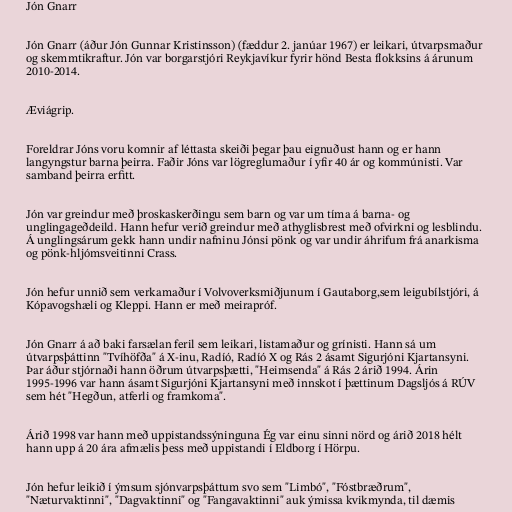
Jón Gnarr

Jón Gnarr (áður Jón Gunnar Kristinsson) (fæddur 2. janúar 1967) er leikari, útvarpsmaður
og skemmtikraftur. Jón var borgarstjóri Reykjavíkur fyrir hönd Besta flokksins á árunum
2010-2014.

Æviágrip.

Foreldrar Jóns voru komnir af léttasta skeiði þegar þau eignuðust hann og er hann
langyngstur barna þeirra. Faðir Jóns var lögreglumaður í yfir 40 ár og kommúnisti. Var
samband þeirra erfitt.

Jón var greindur með þroskaskerðingu sem barn og var um tíma á barna- og
unglingageðdeild. Hann hefur verið greindur með athyglisbrest með ofvirkni og lesblindu.
Á unglingsárum gekk hann undir nafninu Jónsi pönk og var undir áhrifum frá anarkisma
og pönk-hljómsveitinni Crass.

Jón hefur unnið sem verkamaður í Volvoverksmiðjunum í Gautaborg,sem leigubílstjóri, á
Kópavogshæli og Kleppi. Hann er með meirapróf.

Jón Gnarr á að baki farsælan feril sem leikari, listamaður og grínisti. Hann sá um
útvarpsþáttinn "Tvíhöfða" á X-inu, Radíó, Radíó X og Rás 2 ásamt Sigurjóni Kjartansyni.
Þar áður stjórnaði hann öðrum útvarpsþætti, "Heimsenda" á Rás 2 árið 1994. Árin
1995-1996 var hann ásamt Sigurjóni Kjartansyni með innskot í þættinum Dagsljós á RÚV
sem hét "Hegðun, atferli og framkoma".

Árið 1998 var hann með uppistandssýninguna Ég var einu sinni nörd og árið 2018 hélt
hann upp á 20 ára afmælis þess með uppistandi í Eldborg í Hörpu.

Jón hefur leikið í ýmsum sjónvarpsþáttum svo sem "Limbó", "Fóstbræðrum",
"Næturvaktinni", "Dagvaktinni" og "Fangavaktinni" auk ýmissa kvikmynda, til dæmis